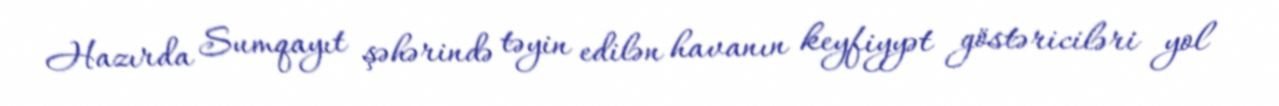
Hazırda Sumqayıt şəhərində təyin edilən havanın keyfiyyət göstəriciləri yol